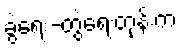
ခွဲရေး-တွဲရေးတုန်းက